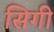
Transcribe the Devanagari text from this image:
सिगी